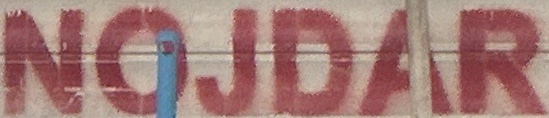
NOJDAR